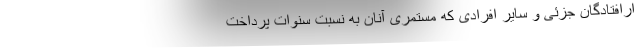
ارافتادگان جزئی و سایر افرادی که مستمری آنان به نسبت سنوات پرداخت